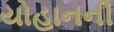
યોહાનની